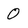
Character: 0